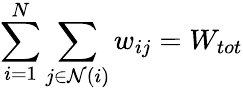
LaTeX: \sum_{i=1}^{N}\sum_{j\in\mathcal{N}(i)}w_{ij}=W_{tot}